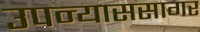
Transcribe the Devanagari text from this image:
उपन्याससागर